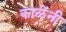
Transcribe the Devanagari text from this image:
काळेंनी